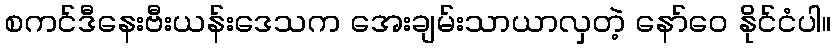
စကင်ဒီနေးဗီးယန်းဒေသက အေးချမ်းသာယာလှတဲ့ နော်ဝေ နိုင်ငံပါ။